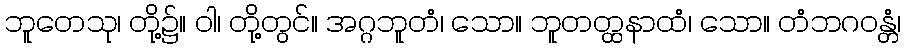
ဘူတေသု၊ တို့၌။ ဝါ၊ တို့တွင်။ အဂ္ဂဘူတံ၊ သော။ ဘူတတ္ထနာထံ၊ သော။ တံဘဂဝန္တံ၊